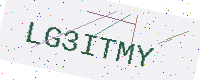
Text: LG3ITMY